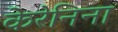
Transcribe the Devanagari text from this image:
केरेनिना